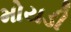
મોયડી